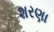
શરણા